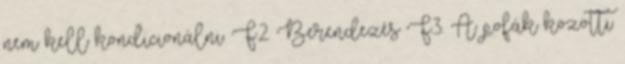
nem kell kondicionálni. F.2. Berendezés F.3. A pofák közötti